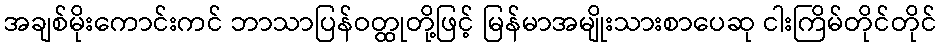
အချစ်မိုးကောင်းကင် ဘာသာပြန်ဝတ္ထုတို့ဖြင့် မြန်မာအမျိုးသားစာပေဆု ငါးကြိမ်တိုင်တိုင်